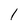
Character: l